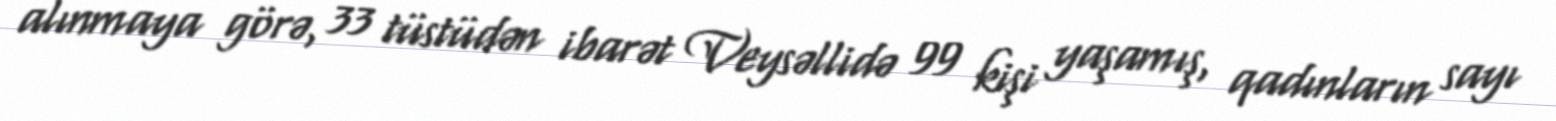
alınmaya görə, 33 tüstüdən ibarət Veysəllidə 99 kişi yaşamış, qadınların sayı